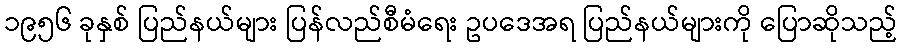
၁၉၅၆ ခုနှစ် ပြည်နယ်များ ပြန်လည်စီမံရေး ဥပဒေအရ ပြည်နယ်များကို ပြောဆိုသည့်